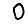
Digit: 0